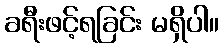
ခရီးဖင့်ရခြင်း မရှိပါ။